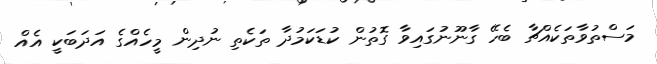
މަސްތުވާތަކެއްޗާ ބެހޭ ގާނޫނުގައިވާ ގޮތުން ކުޑަކަމުދާ ތަކެތި ނުދިން މީހެއްގެ އަދަބަކީ އެއް